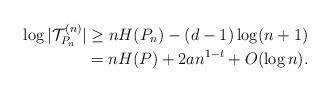
LaTeX: \begin{align*}\log |{\cal T}^{(n)}_{P_n}| & \ge nH(P_n)-(d-1)\log (n+1) \\&= n H(P) +2 a n^{1- t}+O(\log n).\end{align*}